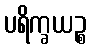
ပရိက္ခယဉ္စ